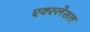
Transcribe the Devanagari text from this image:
एक्स्लेसल